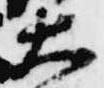
大